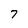
Character: 7